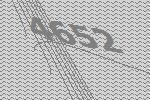
4652